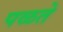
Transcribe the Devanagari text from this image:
पळते